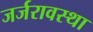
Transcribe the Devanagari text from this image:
जर्जरावस्था